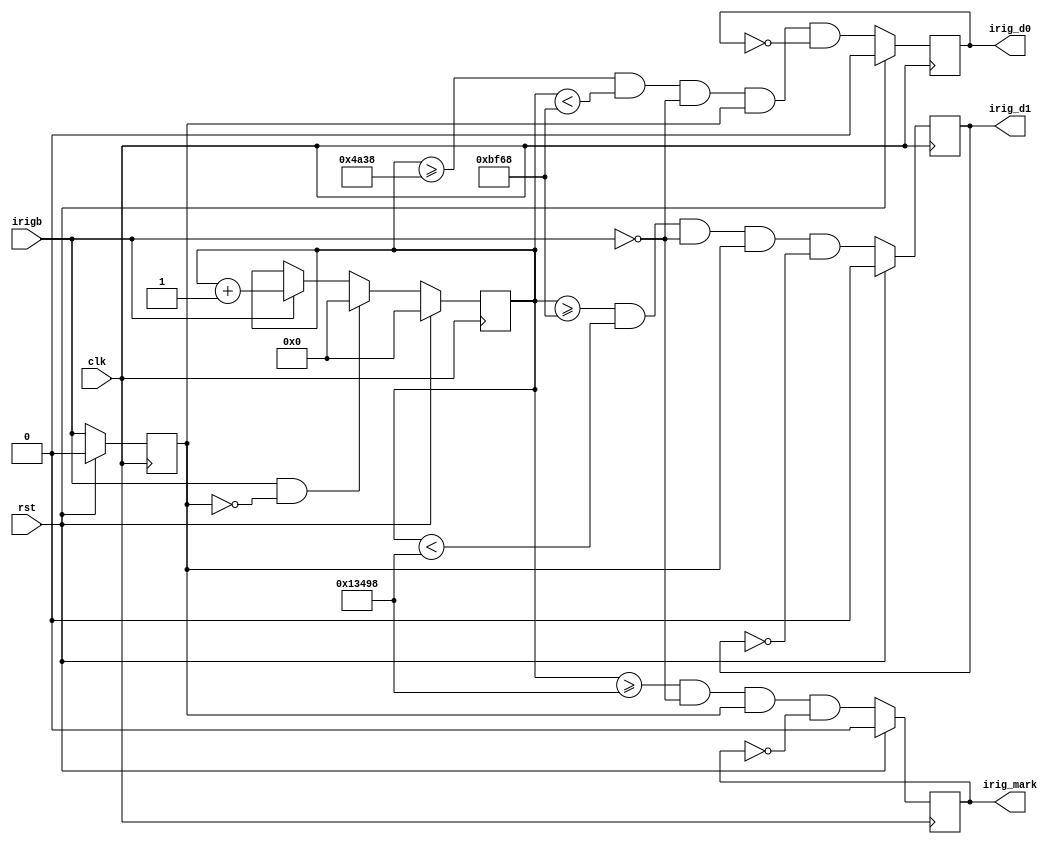
module irig_width_decode (
                          input      clk,
                          input      irigb,
                          output reg irig_mark,
                          output reg irig_d0,
                          output reg irig_d1,
                          input      rst
                          );
    
    
    // 10MHz clock and 10kHz IRIG-B
    // Width encoding of the three states
    // Add 0.1ms tolerance for shorter pulses
    localparam CYCLES_ZERO = 17'd19000;
    localparam CYCLES_ONE  = 17'd49000;
    localparam CYCLES_MARK = 17'd79000;
    
    // Clock cycles in an IRIG bit
    reg [16:0]                       clk_cnt = 17'b0;
    reg                              irigb_last = 1'b0;
    
    always @(posedge clk) begin
        if (rst) begin
            clk_cnt <= 17'b0;
            irigb_last = 1'b0;
            irig_d0 <= 1'b0;
            irig_d1 <= 1'b0;
            irig_mark <= 1'b0;
        end else begin
            // Check widths at irig falling edge and produce one-cycle pulse
            irig_mark <= (clk_cnt >= CYCLES_MARK) && !irigb && irigb_last && !irig_mark;
            irig_d1   <= (clk_cnt >= CYCLES_ONE) && (clk_cnt < CYCLES_MARK) && !irigb && irigb_last && !irig_d1;
            irig_d0   <= (clk_cnt >= CYCLES_ZERO) && (clk_cnt < CYCLES_ONE) && !irigb && irigb_last && !irig_d0;
            
            // Reset count on rising edge of irig bit
            if (irigb && !irigb_last)
              clk_cnt <= 17'b0;
            else if (!irigb) // Freeze the counter if no pulse or edge
              clk_cnt <= clk_cnt;
            else
              clk_cnt <= clk_cnt + 17'b1;
            irigb_last <= irigb;
        end
    end
    
endmodule